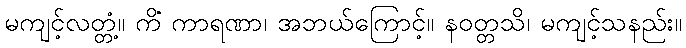
မကျင့်လတ္တံ့။ ကိံ ကာရဏာ၊ အဘယ်ကြောင့်။ နဝတ္တသိ၊ မကျင့်သနည်း။